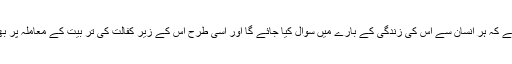
یہ ایک لمحہ فکریہ ہے ہمیں چاہیے کہ اس حدیث کو ذہن میں رکھتے ہوئے کہ ہر انسان سے اس کی زندگی کے بارے میں سوال کیا جائے گا اور اسی طرح اس کے زیر کفالت کی تر بیت کے معاملہ پر بھی پوچھا جائے گا اپنے گھر کو جس قدر ہو سکے اچھا ماحول مہیا کریں۔